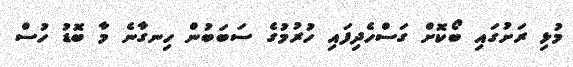
މުޅި ރަށުގައި ބޯކޮށް ގަސްހެދިފައި ހުރުމުގެ ސަބަބުން ހިނގާނެ މާ ބޮޑު ހުސް